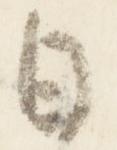
日